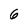
Character: 6